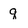
Character: q